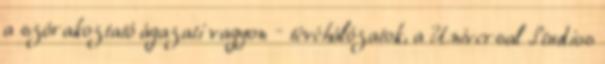
a szórakoztató ágazati vagyon – tévéhálózatok, a Universal Studios